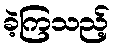
ခဲ့ကြသည့်